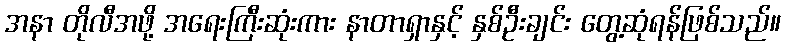
အနာ တိုလီအဖို့ အရေးကြီးဆုံးကား နာတာရှာနှင့် နှစ်ဦးချင်း တွေ့ဆုံရန်ဖြစ်သည်။